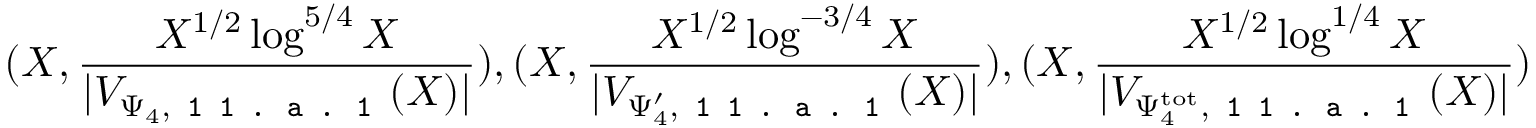
( X , \frac { X ^ { 1 / 2 } \log ^ { 5 / 4 } X } { | V _ { \Psi _ { 4 } , \texttt { 1 1 . a . 1 } } ( X ) | } ) , ( X , \frac { X ^ { 1 / 2 } \log ^ { - 3 / 4 } X } { | V _ { \Psi _ { 4 } ^ { \prime } , \texttt { 1 1 . a . 1 } } ( X ) | } ) , ( X , \frac { X ^ { 1 / 2 } \log ^ { 1 / 4 } X } { | V _ { \Psi _ { 4 } ^ { \mathrm { t o t } } , \texttt { 1 1 . a . 1 } } ( X ) | } )